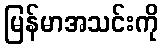
မြန်မာအသင်းကို